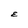
Character: E